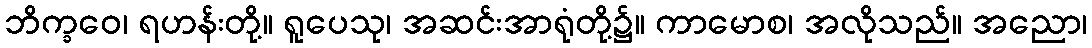
ဘိက္ခဝေ၊ ရဟန်းတို့။ ရူပေသု၊ အဆင်းအာရုံတို့၌။ ကာမောစ၊ အလိုသည်။ အညော၊